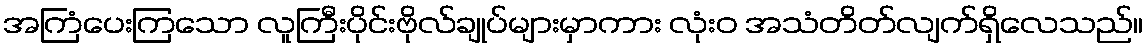
အကြံပေးကြသော လူကြီးပိုင်းဗိုလ်ချုပ်များမှာကား လုံးဝ အသံတိတ်လျက်ရှိလေသည်။